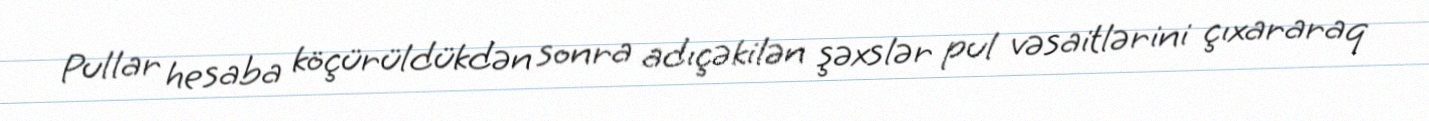
Pullar hesaba köçürüldükdən sonra adıçəkilən şəxslər pul vəsaitlərini çıxararaq